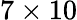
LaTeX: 7\times 10